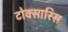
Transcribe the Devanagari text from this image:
टोक्सारिस